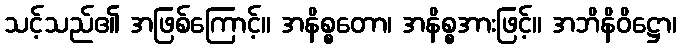
သင့်သည်၏ အဖြစ်ကြောင့်။ အနိစ္စတော၊ အနိစ္စအားဖြင့်။ အဘိနိဝိဋ္ဌော၊